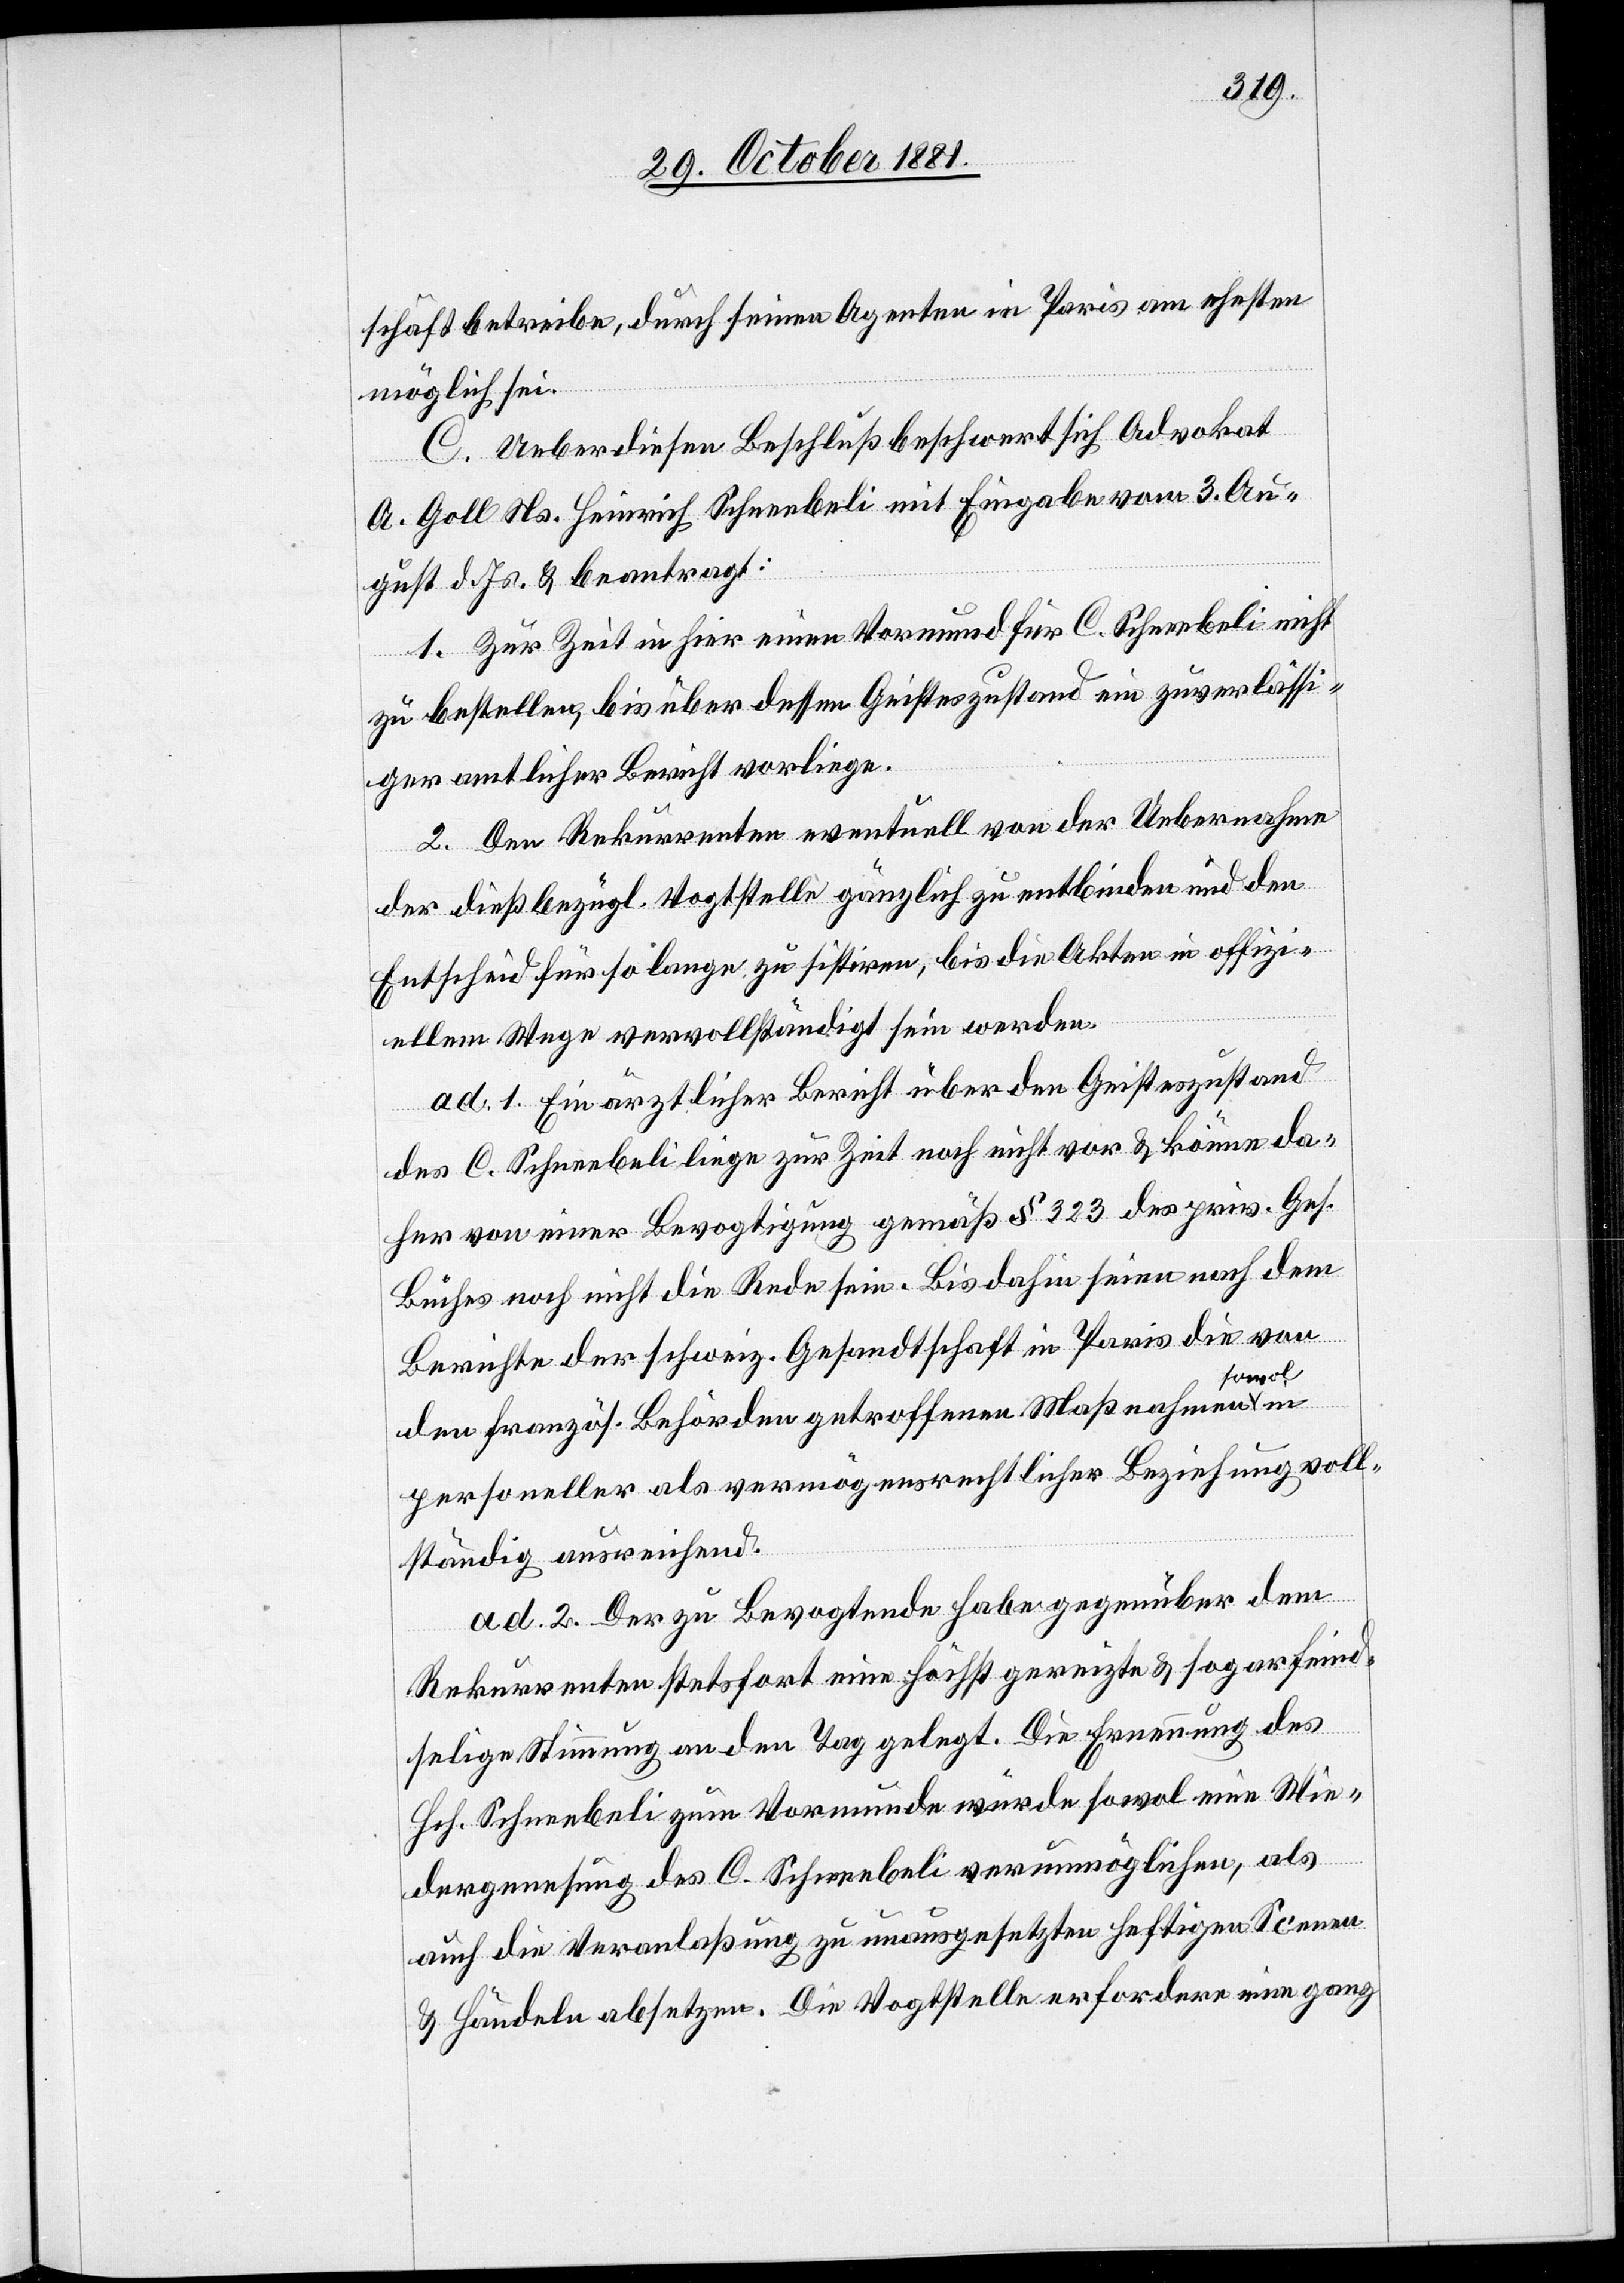
schäft betreibe, durch seinen Agenten in Paris am ehesten
möglich sei.
C. Ueber diesen Beschluß beschwert sich Advokat
A. Goll Ns. Heinrich Schneebeli mit Eingabe vom 3. Au¬
gust d. Js. & beantragt:
1. Zur Zeit in hier einen Vormund für C. [sic!] Schneebeli nicht
in
zu bestellen, bis über dessen Geisteszustand ein zuverlässi¬
ger amtlicher Bericht vorliege.
2. Den Rekurrenten eventuell von der Uebernahme
der dießbezügl. Vogtstelle gänzlich zu entbinden und den
Entscheid für so lange zu sistiren, bis die Akten in offizi¬
ellem Wege vervollständigt sein werden.
ad. 1. Ein ärztlicher Bericht über den Geisteszustand
des C. Schneebeli liege zur Zeit noch nicht vor & könne da¬
her von einer Bevogtigung gemäß § 323 des priv. Ges.
Buches noch nicht die Rede sein. Bis dahin seien nach dem
Berichte der schweiz. Gesandtschaft in Paris die von
sowol
den französ. Behörden getroffenen Maßnahmen
personeller als vermögensrechtlicher Beziehung voll¬
ständig ausreichend.
ad. 2. Der zu Bevogtende habe gegenüber dem
Rekurrenten stetsfort eine höchst gereizte & sogar feind¬
selige Stimmung an den Tag gelegt. Die Ernennung des
Hch. Schneebeli zum Vormunde würde sowol eine Wie¬
dergenesung des C. Schneebeli verunmöglichen, als
auch die Veranlaßung zu unausgesetzten heftigen Scenen
& Händeln absetzen. Die Vogtstelle erfordere eine ganz